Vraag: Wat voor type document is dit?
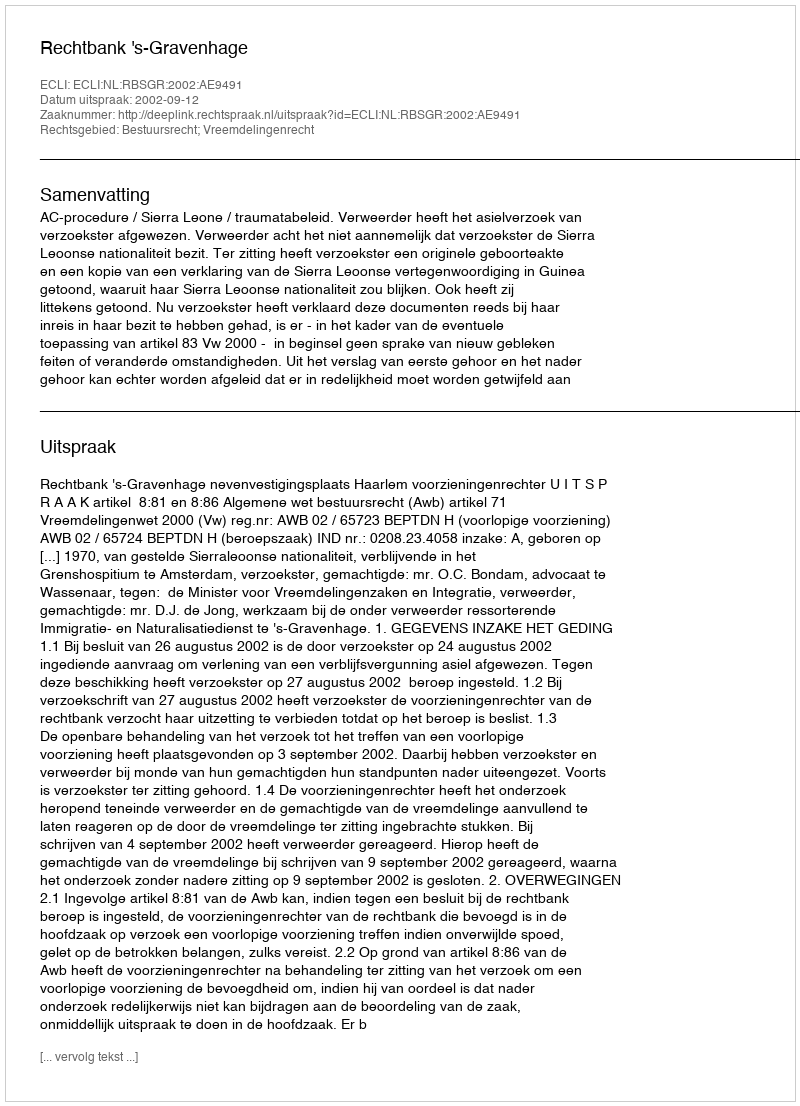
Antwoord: Uitspraak